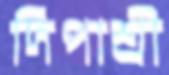
দিপাশ্রী